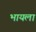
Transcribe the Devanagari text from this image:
भायला